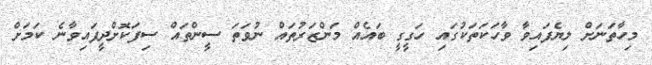
މިހާތަނަށް ލިޔެފައިވާ ވާހަކަތަކުގައި ހަގީގީ ބައެއް މަންޒަރުތައް ނުވަތަ ސީންތައް ސިފަކޮށްދީފައިވާނެ ކަމަށް